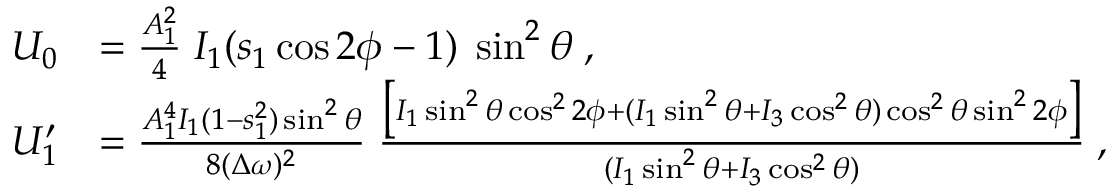
\begin{array} { r l } { U _ { 0 } } & { = \frac { A _ { 1 } ^ { 2 } } { 4 } \; I _ { 1 } ( s _ { 1 } \cos { 2 \phi } - 1 ) \; \sin ^ { 2 } { \theta } \; , } \\ { U _ { 1 } ^ { \prime } } & { = \frac { A _ { 1 } ^ { 4 } I _ { 1 } ( 1 - s _ { 1 } ^ { 2 } ) \sin ^ { 2 } { \theta } } { 8 ( \Delta \omega ) ^ { 2 } } \; \frac { \bigl [ I _ { 1 } \sin ^ { 2 } { \theta } \cos ^ { 2 } { 2 \phi } + ( I _ { 1 } \sin ^ { 2 } { \theta } + I _ { 3 } \cos ^ { 2 } { \theta } ) \cos ^ { 2 } { \theta } \sin ^ { 2 } { 2 \phi } \bigr ] } { ( I _ { 1 } \sin ^ { 2 } { \theta } + I _ { 3 } \cos ^ { 2 } { \theta } ) } \; , } \end{array}